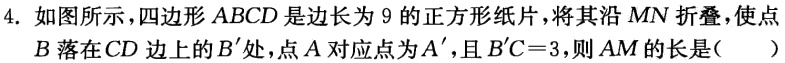
4. 如图所示，四边形 \(ABCD\) 是边长为 \(9\) 的正方形纸片，将其沿 \(MN\) 折叠，使点 \(B\) 落在 \(CD\) 边上的 \(B'\) 处，点 \(A\) 对应点为 \(A'\)，且 \(B'C = 3\)，则 \(AM\) 的长是（  ）